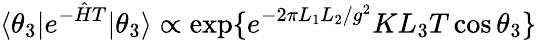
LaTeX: \langle\theta_{3}|e^{-{\hat{H}}T}|\theta_{3}\rangle\propto\mathrm{exp}\{ e^{-2\pi L_{1}L_{2}/g^{2}}KL_{3}T\cos\theta_{3}\}